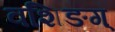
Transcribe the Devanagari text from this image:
वशिङग्